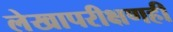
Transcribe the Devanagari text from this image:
लेखापरीक्षणही